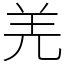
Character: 羌